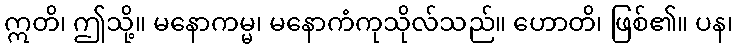
ဣတိ၊ ဤသို့။ မနောကမ္မ၊ မနောကံကုသိုလ်သည်။ ဟောတိ၊ ဖြစ်၏။ ပန၊